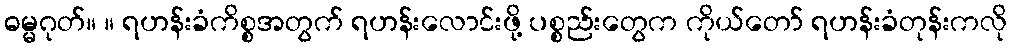
ဓမ္မဂုတ်။ ။ ရဟန်းခံကိစ္စအတွက် ရဟန်းလောင်းဖို့ ပစ္စည်းတွေက ကိုယ်တော် ရဟန်းခံတုန်းကလို